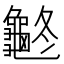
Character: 𪚽